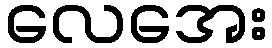
လေအေး